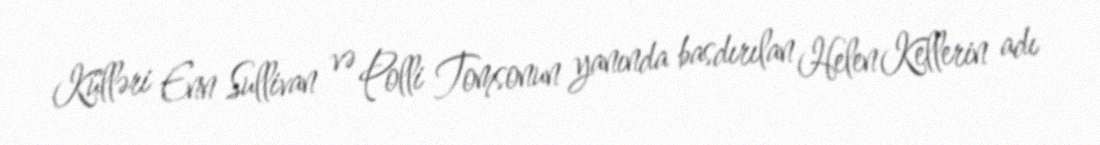
Külləri Enn Sullivan və Polli Tomsonun yanında basdırılan Helen Kellerin adı